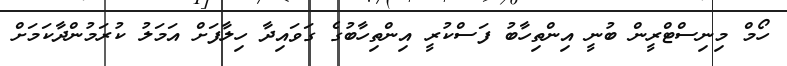
ހޯމް މިނިސްޓްރީން ބުނީ އިންތިހާބު ފަސްކުރީ އިންތިހާބުގެ ގަވައިދާ ހިލާފަށް އަމަލު ކުރަމުންދާކަމަށް